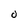
Character: 0